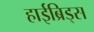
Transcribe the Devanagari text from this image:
हाईब्रिड्स